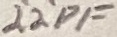
Text: 22PF